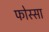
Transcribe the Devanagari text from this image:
फोस्सा